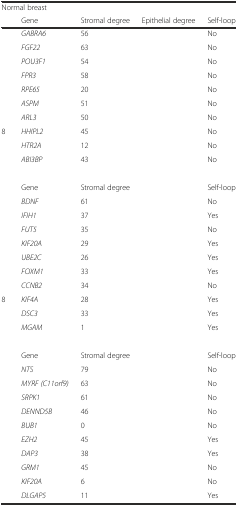
<table><thead><tr><td colspan="5"><b>Normal breast</b></td></tr><tr><td>[EMPTY_CELL]</td><td><b>Gene</b></td><td><b>Stromal degree</b></td><td><b>Epithelial degree</b></td><td><b>Self-loop</b></td></tr></thead><tbody><tr><td>[EMPTY_CELL]</td><td><i>GABRA6</i></td><td>56</td><td>[EMPTY_CELL]</td><td>No</td></tr><tr><td>[EMPTY_CELL]</td><td><i>FGF22</i></td><td>63</td><td>[EMPTY_CELL]</td><td>No</td></tr><tr><td>[EMPTY_CELL]</td><td><i>POU3F1</i></td><td>54</td><td>[EMPTY_CELL]</td><td>No</td></tr><tr><td>[EMPTY_CELL]</td><td><i>FPR3</i></td><td>58</td><td>[EMPTY_CELL]</td><td>No</td></tr><tr><td>[EMPTY_CELL]</td><td><i>RPE65</i></td><td>20</td><td>[EMPTY_CELL]</td><td>No</td></tr><tr><td>[EMPTY_CELL]</td><td><i>ASPM</i></td><td>51</td><td>[EMPTY_CELL]</td><td>No</td></tr><tr><td>[EMPTY_CELL]</td><td><i>ARL3</i></td><td>50</td><td>[EMPTY_CELL]</td><td>No</td></tr><tr><td>8</td><td><i>HHIPL2</i></td><td>45</td><td>[EMPTY_CELL]</td><td>No</td></tr><tr><td>[EMPTY_CELL]</td><td><i>HTR2A</i></td><td>12</td><td>[EMPTY_CELL]</td><td>No</td></tr><tr><td>[EMPTY_CELL]</td><td><i>ABI3BP</i></td><td>43</td><td>[EMPTY_CELL]</td><td>No</td></tr><tr><td colspan="5">[EMPTY_CELL]</td></tr><tr><td>[EMPTY_CELL]</td><td>Gene</td><td>Stromal degree</td><td>[EMPTY_CELL]</td><td>Self-loop</td></tr><tr><td>[EMPTY_CELL]</td><td><i>BDNF</i></td><td>61</td><td>[EMPTY_CELL]</td><td>No</td></tr><tr><td>[EMPTY_CELL]</td><td><i>IFIH1</i></td><td>37</td><td>[EMPTY_CELL]</td><td>Yes</td></tr><tr><td>[EMPTY_CELL]</td><td><i>FUT5</i></td><td>35</td><td>[EMPTY_CELL]</td><td>No</td></tr><tr><td>[EMPTY_CELL]</td><td><i>KIF20A</i></td><td>29</td><td>[EMPTY_CELL]</td><td>Yes</td></tr><tr><td>[EMPTY_CELL]</td><td><i>UBE2C</i></td><td>26</td><td>[EMPTY_CELL]</td><td>Yes</td></tr><tr><td>[EMPTY_CELL]</td><td><i>FOXM1</i></td><td>33</td><td>[EMPTY_CELL]</td><td>Yes</td></tr><tr><td>[EMPTY_CELL]</td><td><i>CCNB2</i></td><td>34</td><td>[EMPTY_CELL]</td><td>No</td></tr><tr><td>8</td><td><i>KIF4A</i></td><td>28</td><td>[EMPTY_CELL]</td><td>Yes</td></tr><tr><td>[EMPTY_CELL]</td><td><i>DSC3</i></td><td>33</td><td>[EMPTY_CELL]</td><td>Yes</td></tr><tr><td>[EMPTY_CELL]</td><td><i>MGAM</i></td><td>1</td><td>[EMPTY_CELL]</td><td>Yes</td></tr><tr><td colspan="5">[EMPTY_CELL]</td></tr><tr><td>[EMPTY_CELL]</td><td>Gene</td><td>Stromal degree</td><td>[EMPTY_CELL]</td><td>Self-loop</td></tr><tr><td>[EMPTY_CELL]</td><td><i>NTS</i></td><td>79</td><td>[EMPTY_CELL]</td><td>No</td></tr><tr><td>[EMPTY_CELL]</td><td><i>MYRF (C11orf9)</i></td><td>63</td><td>[EMPTY_CELL]</td><td>No</td></tr><tr><td>[EMPTY_CELL]</td><td><i>SRPK1</i></td><td>61</td><td>[EMPTY_CELL]</td><td>No</td></tr><tr><td>[EMPTY_CELL]</td><td><i>DENND5B</i></td><td>46</td><td>[EMPTY_CELL]</td><td>No</td></tr><tr><td>[EMPTY_CELL]</td><td><i>BUB1</i></td><td>0</td><td>[EMPTY_CELL]</td><td>No</td></tr><tr><td>[EMPTY_CELL]</td><td><i>EZH2</i></td><td>45</td><td>[EMPTY_CELL]</td><td>Yes</td></tr><tr><td>[EMPTY_CELL]</td><td><i>DAP3</i></td><td>38</td><td>[EMPTY_CELL]</td><td>Yes</td></tr><tr><td>[EMPTY_CELL]</td><td><i>GRM1</i></td><td>45</td><td>[EMPTY_CELL]</td><td>No</td></tr><tr><td>[EMPTY_CELL]</td><td><i>KIF20A</i></td><td>6</td><td>[EMPTY_CELL]</td><td>No</td></tr><tr><td>[EMPTY_CELL]</td><td><i>DLGAP5</i></td><td>11</td><td>[EMPTY_CELL]</td><td>Yes</td></tr></tbody></table>